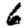
Digit: 6